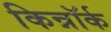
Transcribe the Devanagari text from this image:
किन्नॉर्क